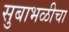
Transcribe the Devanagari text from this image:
सुबाभळीचा